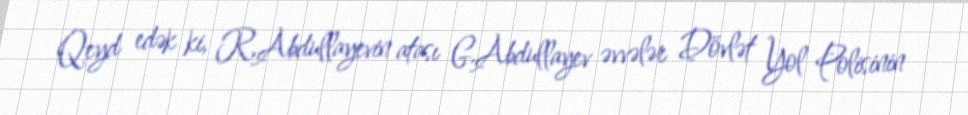
Qeyd edək ki, R.Abdullayevin atası G.Abdullayev əvvələr Dövlət Yol Polisinin